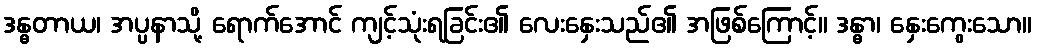
ဒန္ဓတာယ၊ အပ္ပနာသို့ ရောက်အောင် ကျင့်သုံးရခြင်း၏ လေးနှေးသည်၏ အဖြစ်ကြောင့်။ ဒန္ဓာ၊ နှေးကွေးသော။